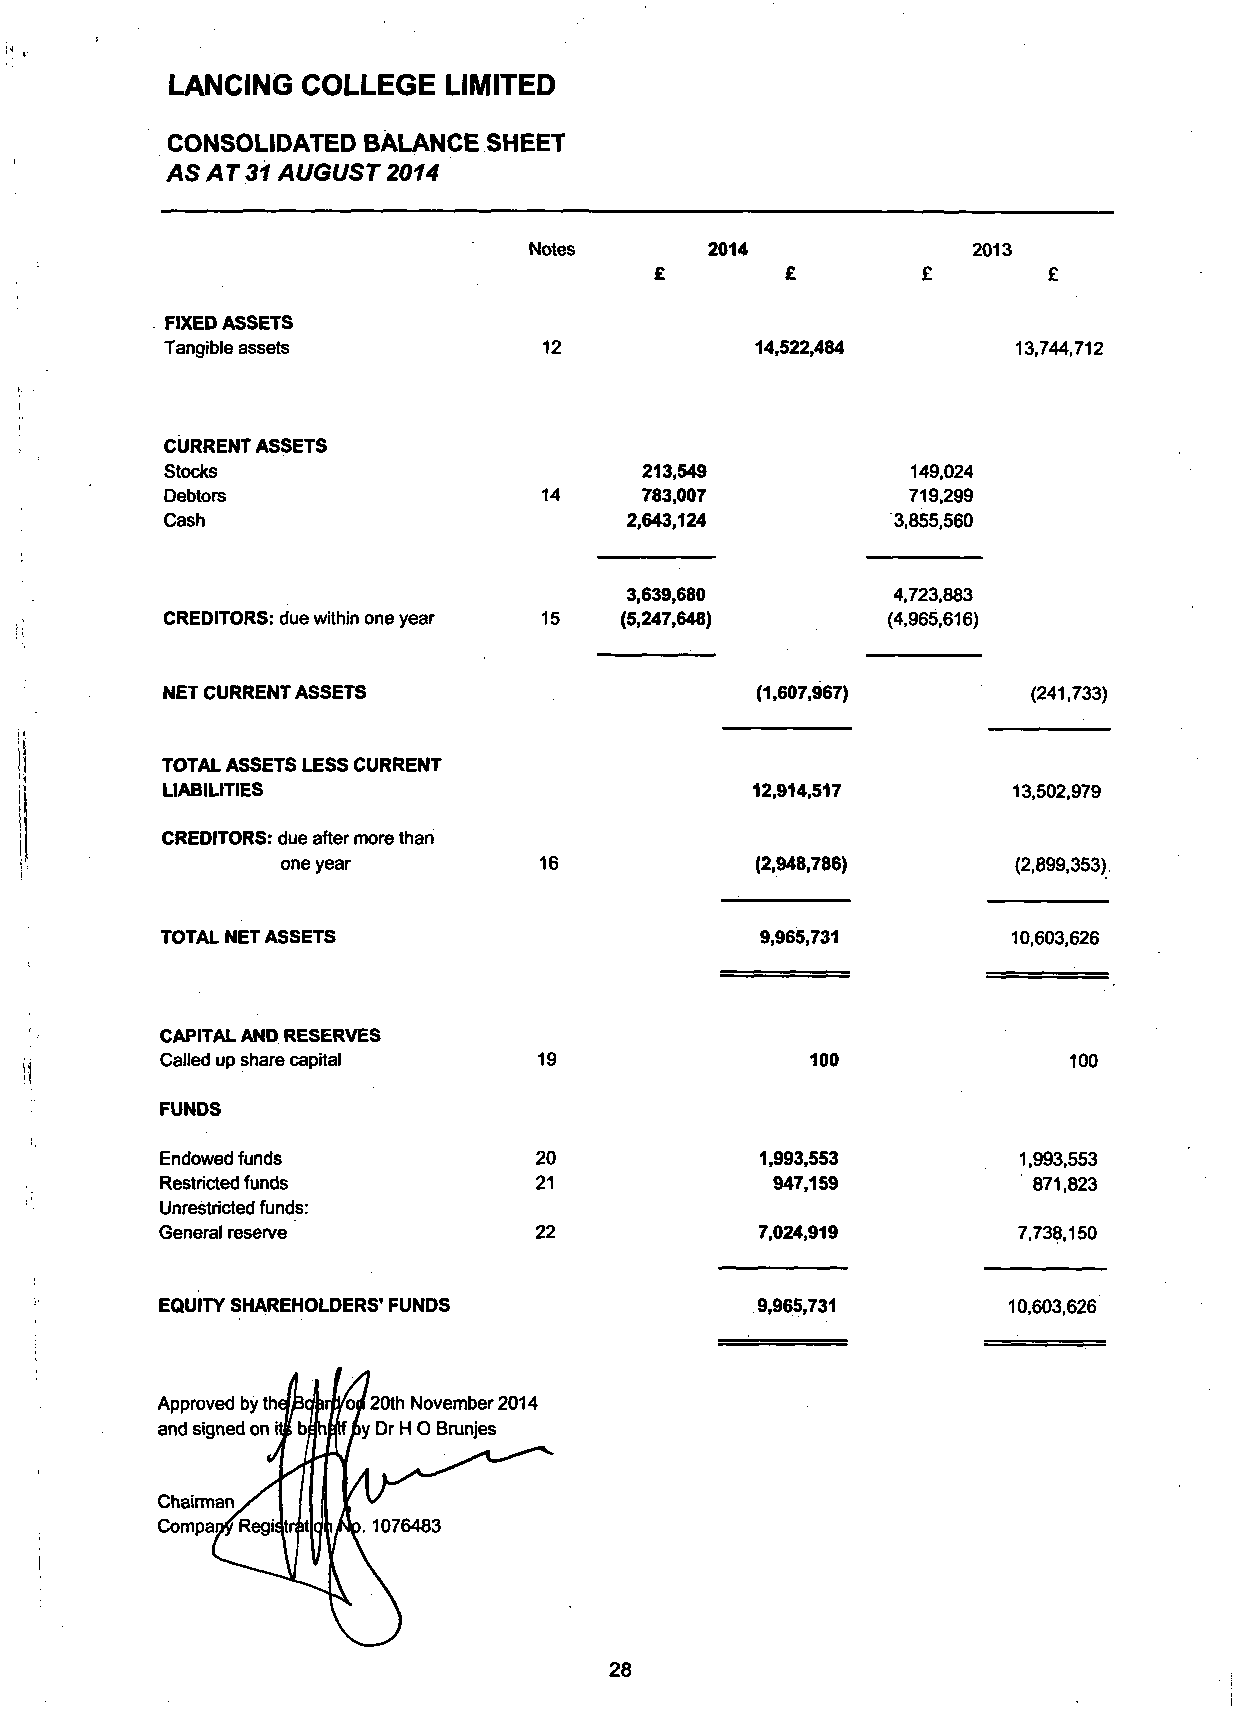
LANCING  COLLEGE  LIMITED
 CONSOLIDATED  BALANCE SHEET
 AS AT 31 AUGUST 2014
 Notes       2014             2013
 £        £        £       £
 FIXED ASSETS
 Tangible assets          12            14,522,484       13,744,712
 CURRENT ASSETS
 Stocks                         213,549           149,024
 Debtors                  14    783,007           719,299
 Cash                          2,643,124         3,855,560
 3,639,680         4,723,883
 CREDITORS: due within one year 15 (5,247,648)   (4,965,616)
 NET CURRENT ASSETS                     (1,607,967)       (241,733)
 TOTAL ASSETS LESS CURRENT
 LIABILITIES                            12,914,517       13,502,979
 CREDITORS: due after more than
 one year         16            (2,948,786)      (2,899,353)
 TOTAL NET ASSETS                       9,965,731        10.603,626
 CAPITAL AND RESERVES
 Called up share capital                    100              100
 FUNDS
 Endowed funds           20             1,993,553        1,993,553
 Restricted funds        21              947,159          871,823
 Unrestricted funds:
 General reserve         22             7,024,919        7.738,150